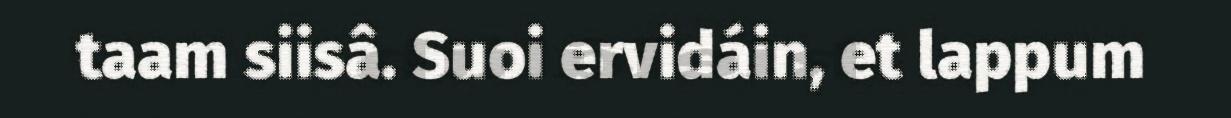
taam siisâ. Suoi ervidáin, et lappum